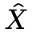
\hat { X }